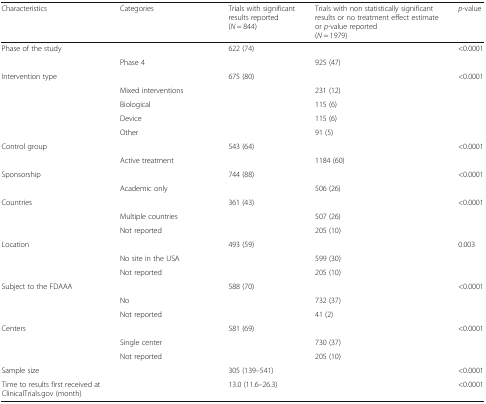
<table><thead><tr><td><b>Characteristics</b></td><td><b>Categories</b></td><td><b>Trials with significant results reported(<i>N</i> = 844)</b></td><td><b>Trials with non statistically significant results or no treatment effect estimate or <i>p</i>-value reported(<i>N</i> = 1979)</b></td><td><b><i>p</i>-value</b></td></tr></thead><tbody><tr><td rowspan="2">Phase of the study</td><td>[EMPTY_CELL]</td><td>622 (74)</td><td>[EMPTY_CELL]</td><td rowspan="2">&lt;0.0001</td></tr><tr><td>Phase 4</td><td>[EMPTY_CELL]</td><td>925 (47)</td></tr><tr><td rowspan="5">Intervention type</td><td>[EMPTY_CELL]</td><td>675 (80)</td><td>[EMPTY_CELL]</td><td rowspan="5">&lt;0.0001</td></tr><tr><td>Mixed interventions</td><td>[EMPTY_CELL]</td><td>231 (12)</td></tr><tr><td>Biological</td><td>[EMPTY_CELL]</td><td>115 (6)</td></tr><tr><td>Device</td><td>[EMPTY_CELL]</td><td>115 (6)</td></tr><tr><td>Other</td><td>[EMPTY_CELL]</td><td>91 (5)</td></tr><tr><td rowspan="2">Control group</td><td>[EMPTY_CELL]</td><td>543 (64)</td><td>[EMPTY_CELL]</td><td rowspan="2">&lt;0.0001</td></tr><tr><td>Active treatment</td><td>[EMPTY_CELL]</td><td>1184 (60)</td></tr><tr><td rowspan="2">Sponsorship</td><td>[EMPTY_CELL]</td><td>744 (88)</td><td>[EMPTY_CELL]</td><td rowspan="2">&lt;0.0001</td></tr><tr><td>Academic only</td><td>[EMPTY_CELL]</td><td>506 (26)</td></tr><tr><td rowspan="3">Countries</td><td>[EMPTY_CELL]</td><td>361 (43)</td><td>[EMPTY_CELL]</td><td rowspan="3">&lt;0.0001</td></tr><tr><td>Multiple countries</td><td>[EMPTY_CELL]</td><td>507 (26)</td></tr><tr><td>Not reported</td><td>[EMPTY_CELL]</td><td>205 (10)</td></tr><tr><td rowspan="3">Location</td><td>[EMPTY_CELL]</td><td>493 (59)</td><td>[EMPTY_CELL]</td><td rowspan="3">0.003</td></tr><tr><td>No site in the USA</td><td>[EMPTY_CELL]</td><td>599 (30)</td></tr><tr><td>Not reported</td><td>[EMPTY_CELL]</td><td>205 (10)</td></tr><tr><td rowspan="3">Subject to the FDAAA</td><td>[EMPTY_CELL]</td><td>588 (70)</td><td>[EMPTY_CELL]</td><td rowspan="3">&lt;0.0001</td></tr><tr><td>No</td><td>[EMPTY_CELL]</td><td>732 (37)</td></tr><tr><td>Not reported</td><td>[EMPTY_CELL]</td><td>41 (2)</td></tr><tr><td rowspan="3">Centers</td><td>[EMPTY_CELL]</td><td>581 (69)</td><td>[EMPTY_CELL]</td><td rowspan="3">&lt;0.0001</td></tr><tr><td>Single center</td><td>[EMPTY_CELL]</td><td>730 (37)</td></tr><tr><td>Not reported</td><td>[EMPTY_CELL]</td><td>205 (10)</td></tr><tr><td>Sample size</td><td>[EMPTY_CELL]</td><td>305 (139–541)</td><td>[EMPTY_CELL]</td><td>&lt;0.0001</td></tr><tr><td>Time to results first received at ClinicalTrials.gov (month)</td><td>[EMPTY_CELL]</td><td>13.0 (11.6–26.3)</td><td>[EMPTY_CELL]</td><td>&lt;0.0001</td></tr></tbody></table>